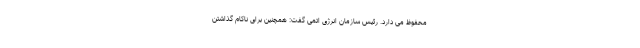
محفوظ می دارد. رئیس سازمان انرژی اتمی گفت: همچنین برای ناکام گذاشتن